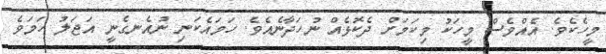
މީހެކެވެ. އެއްވެސް މީހަކު މިކަމަށް ދެކޮޅެއް ނުހަދާނެއެވެ. ހަމައެކަނި ނުއެނގެނީ އަޖަލު ހަމަވެ